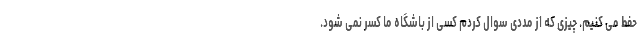
حفط می کنیم. چیزی که از مددی سوال کردم کسی از باشگاه ما کسر نمی شود.